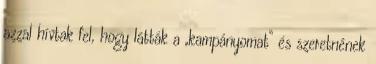
azzal hívtak fel, hogy látták a „kampányomat” és szeretnének